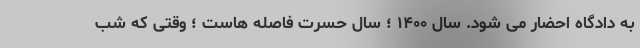
به دادگاه احضار می شود. سال ۱۴۰۰ ؛ سال حسرت فاصله هاست ؛ وقتی که شب